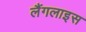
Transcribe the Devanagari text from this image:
लैंगलाइस